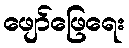
ဖျော်ဖြေရေး